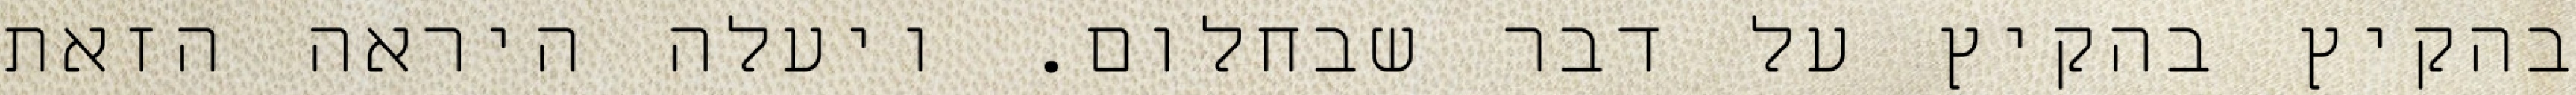
בהקיץ בהקיץ על דבר שבחלום. ויעלה היראה הזאת